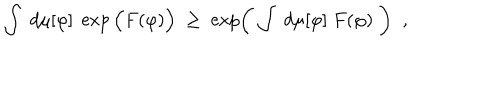
LaTeX: \int \; d \mu [ \varphi ] \; \exp \Big ( F ( \varphi ) \Big ) \; \geq \; \exp \left( \; \int \; d \mu [ \varphi ] \; F ( \varphi ) \; \right) \; \; ,